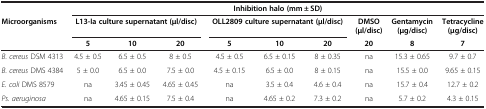
<table><thead><tr><td><b> </b></td><td colspan="9"><b>Inhibition halo (mm ± SD)</b></td></tr><tr><td><b>Microorganisms</b></td><td colspan="3"><b>L13-Ia culture supernatant (μl/disc)</b></td><td colspan="3"><b>OLL2809 culture supernatant (μl/disc)</b></td><td><b>DMSO (μl/disc)</b></td><td><b>Gentamycin (μg/disc)</b></td><td><b>Tetracycline (μg/disc)</b></td></tr><tr><td><b> </b></td><td><b>5</b></td><td><b>10</b></td><td><b>20</b></td><td><b>5</b></td><td><b>10</b></td><td><b>20</b></td><td><b>20</b></td><td><b>8</b></td><td><b>7</b></td></tr></thead><tbody><tr><td><i>B. cereus</i> DSM 4313</td><td>4.5 ± 0.5</td><td>6.5 ± 0.5</td><td>8 ± 0.5</td><td>4.5 ± 0.5</td><td>6.5 ± 0.15</td><td>8 ± 0.35</td><td>na</td><td>15.3 ± 0.65</td><td>9.7 ± 0.7</td></tr><tr><td><i>B. cereus</i> DMS 4384</td><td>5 ± 0.0</td><td>6.5 ± 0.0</td><td>7.5 ± 0.0</td><td>4.5 ± 0.15</td><td>6.5 ± 0.0</td><td>8 ± 0.15</td><td>na</td><td>15.5 ± 0.0</td><td>9.65 ± 0.15</td></tr><tr><td><i>E. coli</i> DMS 8579</td><td>na</td><td>3.45 ± 0.45</td><td>4.65 ± 0.45</td><td>na</td><td>3.5 ± 0.4</td><td>4.6 ± 0.4</td><td>na</td><td>15.7 ± 0.4</td><td>12.7 ± 0.2</td></tr><tr><td><i>Ps. aeruginosa</i></td><td>na</td><td>4.65 ± 0.15</td><td>7.5 ± 0.4</td><td>na</td><td>4.65 ± 0.2</td><td>7.3 ± 0.2</td><td>na</td><td>5.7 ± 0.2</td><td>4.3 ± 0.15</td></tr></tbody></table>